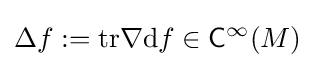
\displaystyle \Delta f:=\mathrm {tr} \nabla \mathrm {d} f\in {\mathsf {C}}^{\infty }(M)